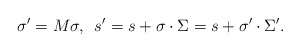
\begin{align*}\sigma '=M\sigma ,\enspace s'=s+\sigma\cdot\Sigma =s+\sigma '\cdot\Sigma '.\end{align*}